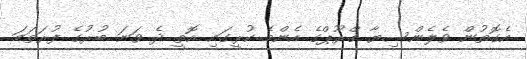
އެގޮތުން ވެލެންސިޔާ ގްރޫޕްގެ އެންމެ ކުރީގައި އޮތީ ދެ ވަނަ ބުރުގެ ފުރަތަމަ